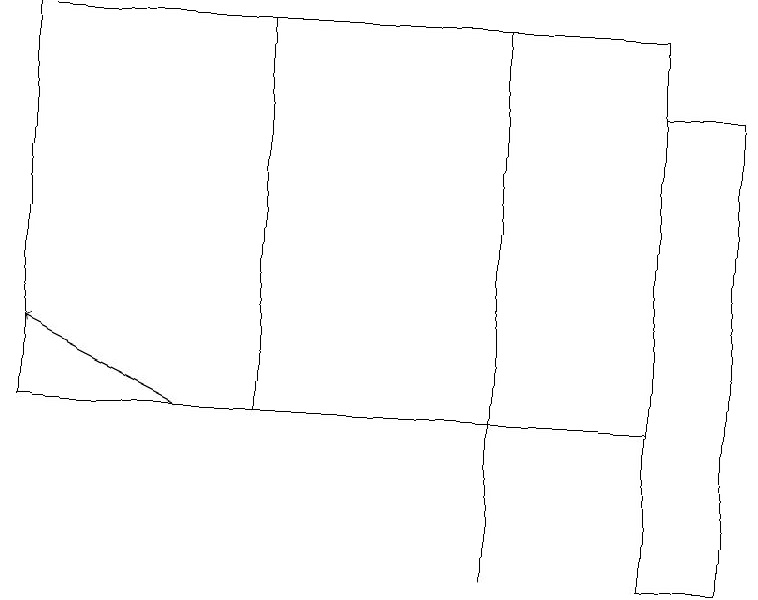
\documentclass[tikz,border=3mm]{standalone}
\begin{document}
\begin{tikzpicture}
\draw (0,12) rectangle (4,12);
\draw (8,10) rectangle (9,16);
\draw[->] (2,12) -- (0,13);
\draw (6,10) rectangle (6,17);
\draw (0,17) rectangle (3,12);
\draw (3,12) rectangle (8,17);
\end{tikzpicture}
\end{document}